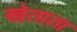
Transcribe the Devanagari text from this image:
खेताता